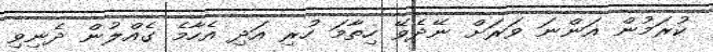
ކުރަމުން އަންނަ ވަރަށް ނޭދެވޭ ހިތާމަ ހުރި އަދި އެހާމެ ގެއްލުން ދެނިވި